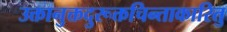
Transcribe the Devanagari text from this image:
उक्तानुक्तदुरूक्तचिन्ताकारितु